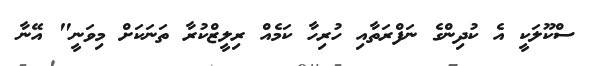
ސްކޫލަކީ އެ ކުދިންގެ ނަފްރަތާއި ހުރިހާ ކަމެއް ރިލީޒްކުރާ ތަނަކަށް މިވަނީ" އޭނާ